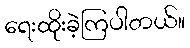
ရေးထိုးခဲ့ကြပါတယ်။